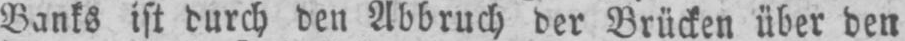
Banks ist durch den Abbruch der Brücken über den